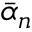
{ \bar { \alpha } _ { n } }